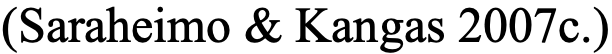
(Saraheimo & Kangas 2007c.)